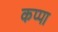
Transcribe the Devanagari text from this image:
कप्‍पा